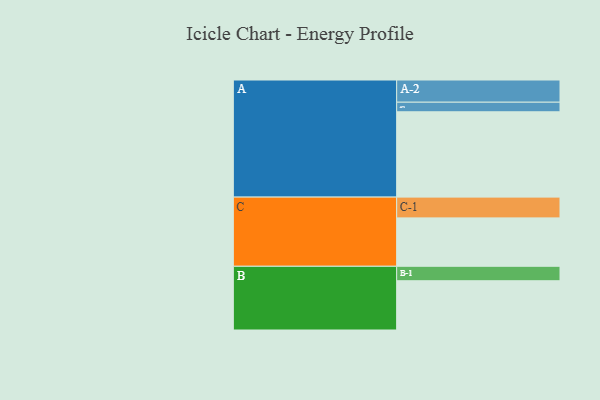
{"axis": {"x": "Segment", "y": "Value"}, "legend": ["", "A", "B", "C"], "data": [{"x": "A", "y": 596, "type": ""}, {"x": "B", "y": 344, "type": ""}, {"x": "C", "y": 338, "type": ""}, {"x": "A-1", "y": 67, "type": "A"}, {"x": "A-2", "y": 155, "type": "A"}, {"x": "B-1", "y": 101, "type": "B"}, {"x": "C-1", "y": 145, "type": "C"}]}